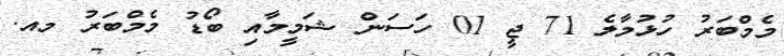
މެމްބަރު ހުޅުމާލެ 71 ޖީ 01 ހަސަން ޝަމީމާއި ބޯޑު މެމްބަރު މއ.